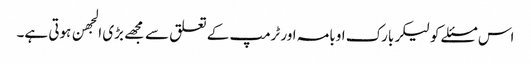
اس مسئلے کو لیکر بارک اوبامہ اور ٹرمپ کے تعلق سے مجهے بڑی الجهن ہوتی ہے۔